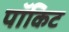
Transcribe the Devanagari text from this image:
पॉकिट